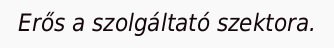
Erős a szolgáltató szektora.